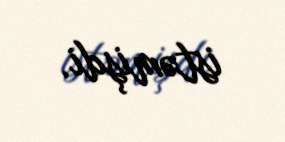
istəmişdi.